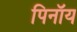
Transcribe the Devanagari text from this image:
पिनॉय